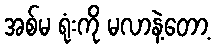
အစ်မ ရုံးကို မလာနဲ့တော့